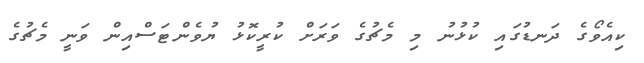
ކިއެވޯގެ ދަނޑުގައި ކުޅުނު މި މެޗުގެ ވަރަށް ކުރީކޮޅު ޔުވެންޓަސްއިން ވަނީ މެޗުގެ